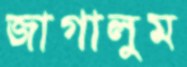
জাগালুম